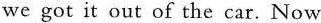
we got it out of the car. Now